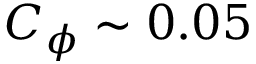
C _ { \phi } \sim 0 . 0 5